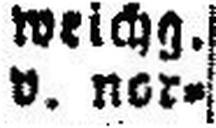
v. nor¬